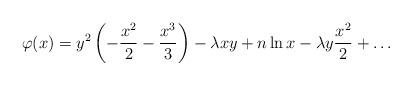
LaTeX: \begin{align*}\varphi(x) = y^2\left (-\frac{x^2}{2} -\frac{x^3}{3}\right )-\lambda xy + n\ln x -\lambda y \frac{x^2}{2} +\ldots\end{align*}